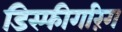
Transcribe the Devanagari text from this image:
डिस्फीगरिंग